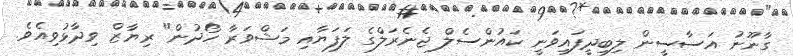
ގާނޫނު އަސާސީން ލިބިދީފައިވަނީ ކައުންސެލް ޖެނެރަލްގެ ލަފަޔާއި މަޝްވަރާ ހޯދުން" ރިޔާޒް ވިދާޅުވިއެވެ.